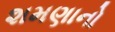
શમણાનો